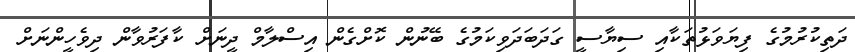
ދަތިކުރުމުގެ ފިޔަވަޅުތަކާއި ސިޔާސީ ގަދަބަދަވިކަމުގެ ބޭނުން ކޮށްގެން އިސްލާމް ދީނަށް ކާފަރުވާން ދިވެހީންނަށް